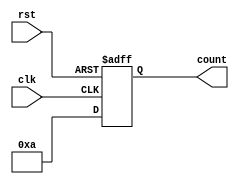
module for_loop_example (
    input wire clk,
    input wire rst,
    output reg [7:0] count
);

always @(posedge clk or posedge rst) begin
    if (rst) begin
        count <= 0;
    end else begin
        for (count = 0; count < 10; count = count + 1) begin
            // Body of the for loop
            // Perform any desired processing or calculations here
        end
    end
end

endmodule